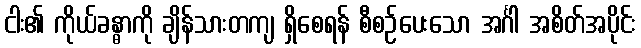
ငါး၏ ကိုယ်ခန္ဓာကို ချိန်သားတကျ ရှိစေရန် စီစဉ်ပေးသော အင်္ဂါ အစိတ်အပိုင်း